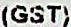
(GST)